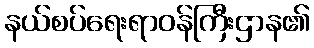
နယ်စပ်ရေးရာဝန်ကြီးဌာန၏